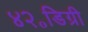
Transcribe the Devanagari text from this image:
४२॰डिग्री